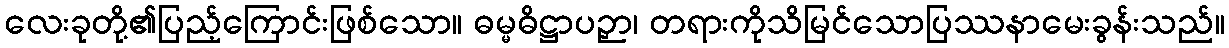
လေးခုတို့၏ပြည့်ကြောင်းဖြစ်သော။ ဓမ္မဓိဋ္ဌာပဉှာ၊ တရားကိုသိမြင်သောပြဿနာမေးခွန်းသည်။